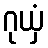
ဂုယှံ